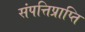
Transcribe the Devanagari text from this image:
संपत्तिप्राप्ति